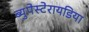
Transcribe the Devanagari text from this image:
ब्युपेस्टेरायडिया